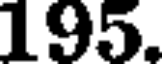
195.